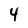
Character: 4